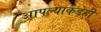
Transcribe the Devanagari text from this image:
आपल्याकडेही